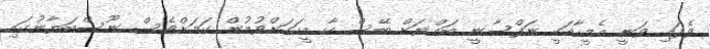
ވެފައި ވަނީ އެމީހާއަކީ ނަފްސާނީ ބައްޔަށް ބޭސް ކާ މީހަކަށްވުމުން ކަމަށްވެސް ނޫސްބަޔާނުގައި